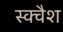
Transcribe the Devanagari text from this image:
स्‍क्‍वैश